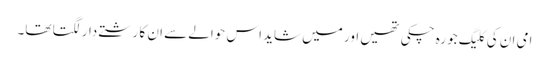
امی ان کی کلیگ جو رہ چکی تھیں اور میں شاید اس حوالے سے ان کا رشتے دار لگتا تھا۔